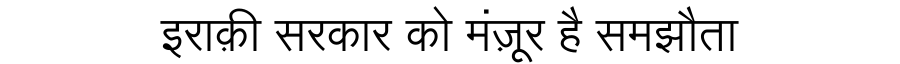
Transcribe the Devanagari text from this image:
इराक़ी सरकार को मंज़ूर है समझौता